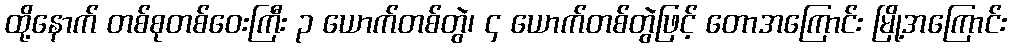
ထို့နောက် တစ်စုတစ်ဝေးကြီး ၃ ယောက်တစ်တွဲ၊ ၄ ယောက်တစ်တွဲဖြင့် တောအကြောင်း မြို့အကြောင်း